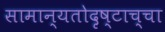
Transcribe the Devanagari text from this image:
सामान्यतोदृष्टाच्चा